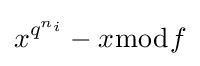
x^{q^{n_{i}}}-x{\bmod {f}}